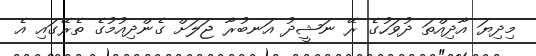
މިދިޔަ އާދިއްތަ ދުވަހުގެ ރޭ ނަޝީދު އަނބުރާ ޖަލަށް ގެންދިއުމުގެ ތެރޭގައި އެ